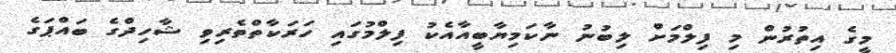
މީގެ އިތުރުން މި ފިލްމަށް ލިބުނު ނާކަމިޔާބީއާއެކު ފިލްމުގައި ހަރަކާތްތެރިވި ޝާހިދްގެ ބައްޕަގެ